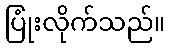
ပြုံးလိုက်သည်။